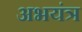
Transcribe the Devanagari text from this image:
अभयंत्र